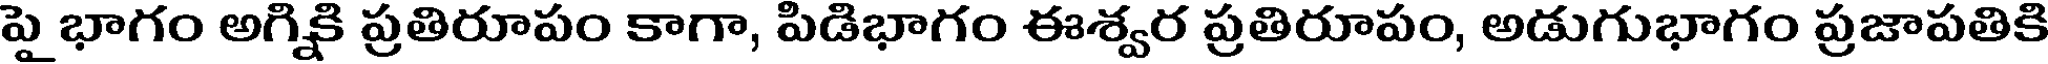
పై భాగం అగ్నికి ప్రతిరూపం కాగా, పిడిభాగం ఈశ్వర ప్రతిరూపం, అడుగుభాగం ప్రజాపతికి